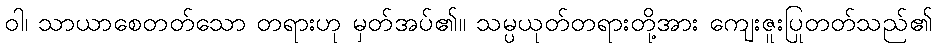
ဝါ၊ သာယာစေတတ်သော တရားဟု မှတ်အပ်၏။ သမ္ပယုတ်တရားတို့အား ကျေးဇူးပြုတတ်သည်၏